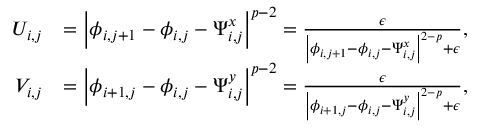
\begin{array} { r l } { U _ { i , j } } & { = \left\lvert \phi _ { i , j + 1 } - \phi _ { i , j } - \Psi _ { i , j } ^ { x } \right\rvert ^ { p - 2 } = \frac { \epsilon } { \left\lvert \phi _ { i , j + 1 } - \phi _ { i , j } - \Psi _ { i , j } ^ { x } \right\rvert ^ { 2 - p } + \epsilon } , } \\ { V _ { i , j } } & { = \left\lvert \phi _ { i + 1 , j } - \phi _ { i , j } - \Psi _ { i , j } ^ { y } \right\rvert ^ { p - 2 } = \frac { \epsilon } { \left\lvert \phi _ { i + 1 , j } - \phi _ { i , j } - \Psi _ { i , j } ^ { y } \right\rvert ^ { 2 - p } + \epsilon } , } \end{array}